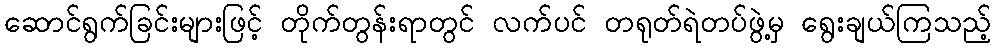
ဆောင်ရွက်ခြင်းများဖြင့် တိုက်တွန်းရာတွင် လက်ပင် တရုတ်ရဲတပ်ဖွဲ့မှ ရွေးချယ်ကြသည့်